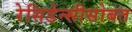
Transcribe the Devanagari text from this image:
रेसिडेन्सीसोबत